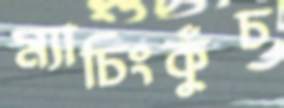
ম্যাচিংকুঁচ